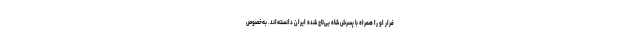
فرار او را همراه با پسرش شاه بی‌تاج شده ایران دانسته‌اند. به‌خصوص